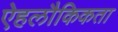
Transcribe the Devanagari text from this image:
ऐहलौकिकता